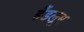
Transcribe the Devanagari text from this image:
हँडलूम